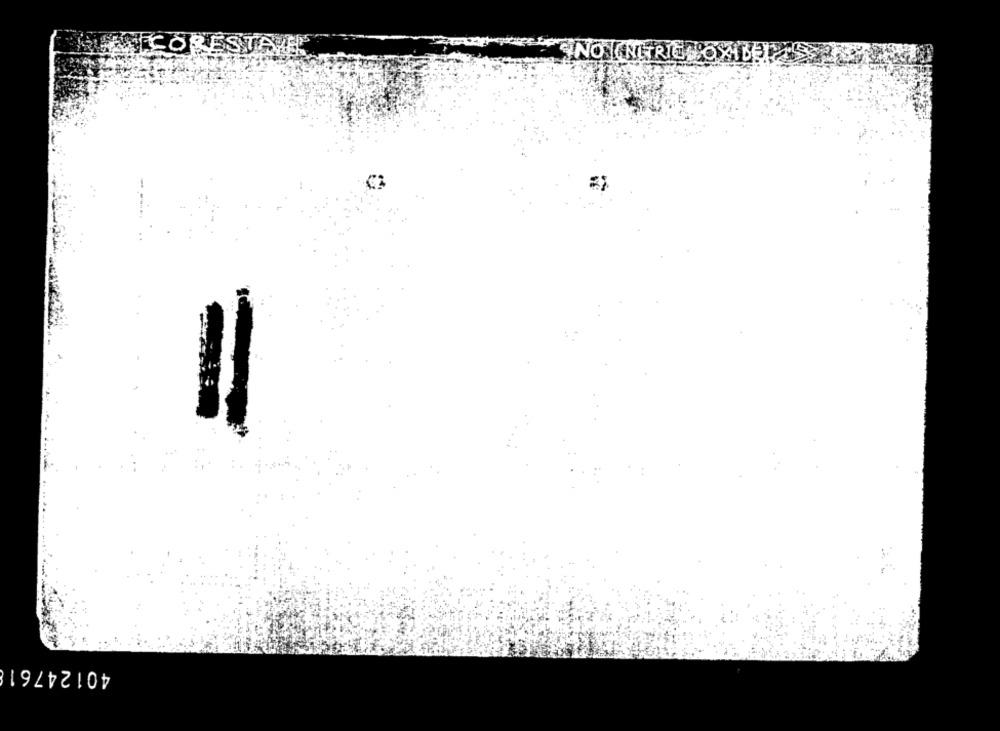
SINO NITRICHOX
-
40124761